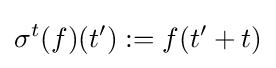
\sigma ^{t}(f)(t'):=f(t'+t)